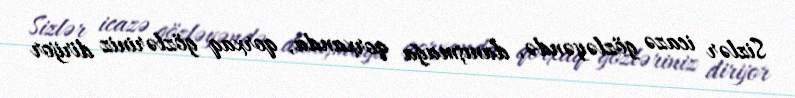
Sizlər icazə gözləyəndə, danışmağa qorxanda, qorxaq gözləriniz dirijor